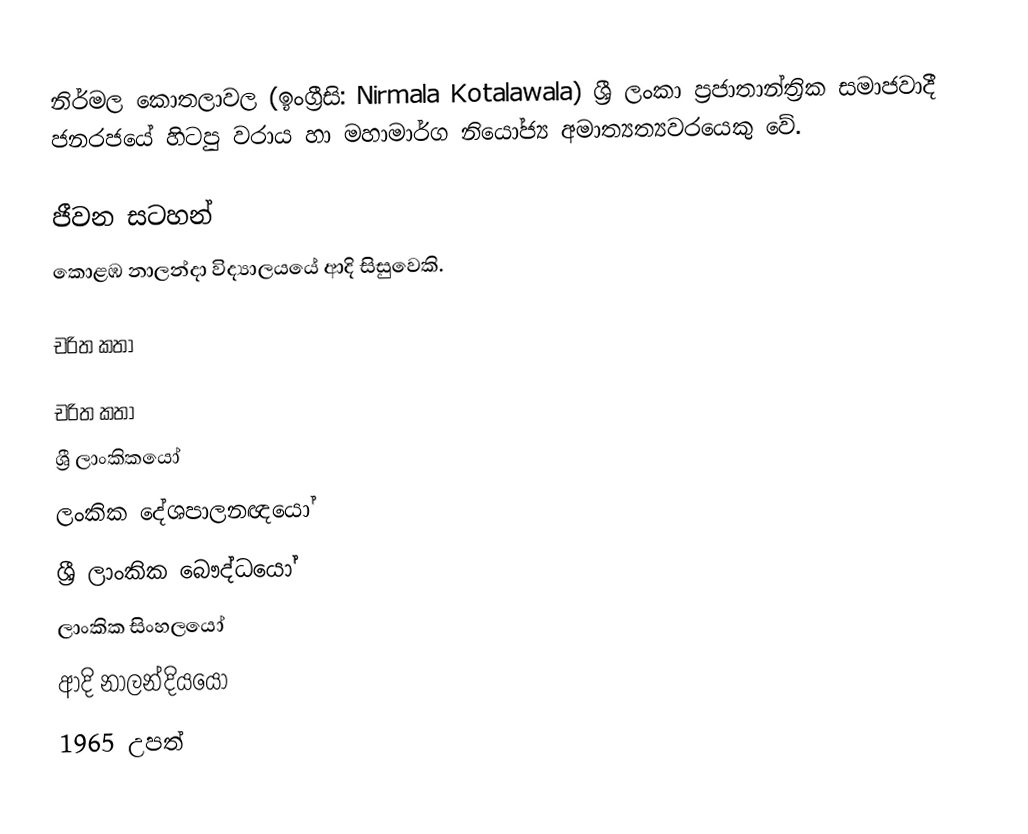
නිර්මල කොතලාවල (ඉංග්‍රීසි: Nirmala Kotalawala) ශ්‍රී ලංකා ප්‍රජාතාන්ත්‍රික සමාජවාදී ජනරජයේ හිටපු වරාය හා මහාමාර්ග නියෝජ්‍ය අමාත්‍යත්‍යවරයෙකු වේ.

ජීවන සටහන්
කොළඹ නාලන්දා විද්‍යාලයයේ ආදි සිසුවෙකි.

චරිත කතා

චරිත කතා
ශ්‍රී ලාංකිකයෝ
ලංකික දේශපාලනඥයෝ
ශ්‍රී ලාංකික බෞද්ධයෝ
ලාංකික සිංහලයෝ
ආදි නාලන්දියයෝ
1965 උපත්